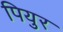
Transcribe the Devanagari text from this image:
पियुर